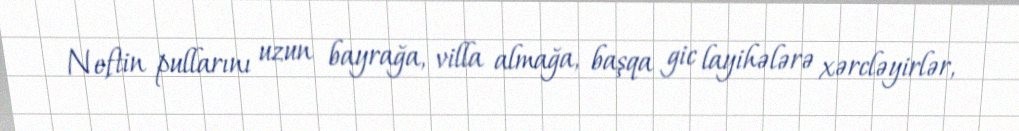
Neftin pullarını uzun bayrağa, villa almağa, başqa gic layihələrə xərcləyirlər,